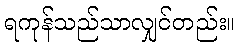
ရကုန်သည်သာလျှင်တည်း။